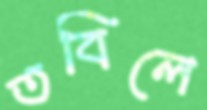
তবিলে